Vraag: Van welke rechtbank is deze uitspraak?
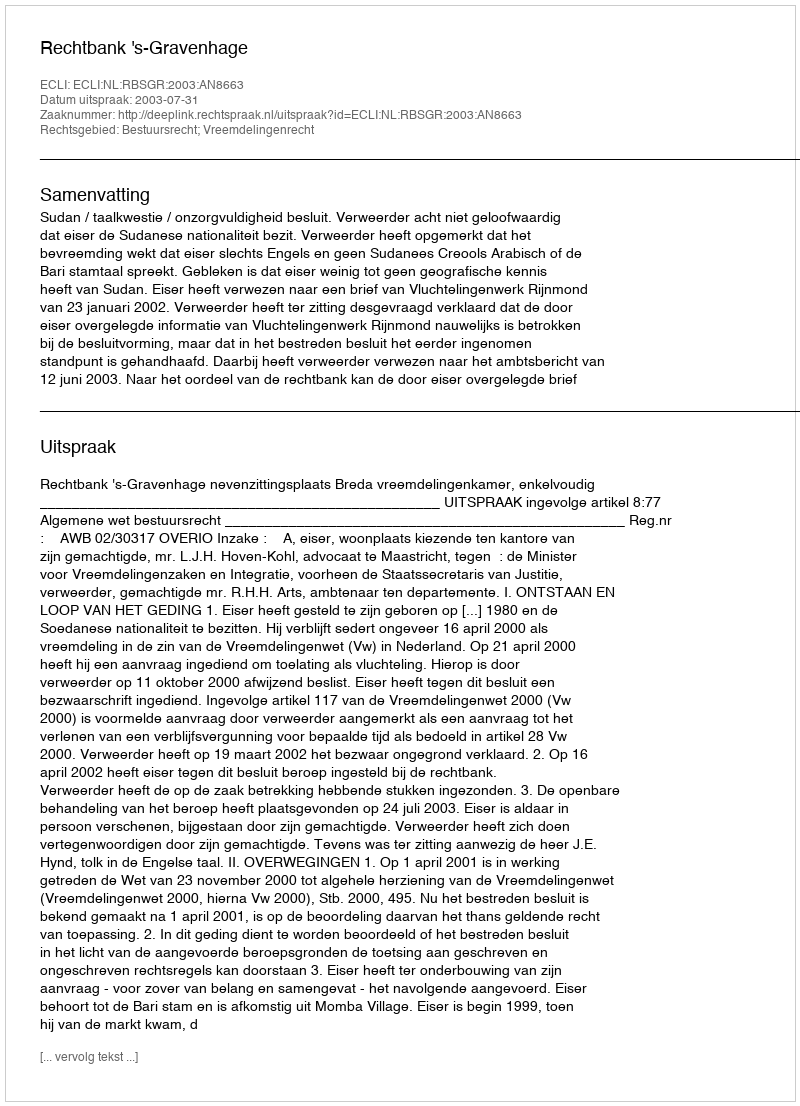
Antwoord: Rechtbank 's-Gravenhage